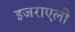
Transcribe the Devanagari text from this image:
इजराएली